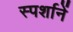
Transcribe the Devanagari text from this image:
स्पर्शानें